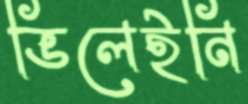
ভিলেইনি